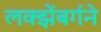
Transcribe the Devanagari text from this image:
लक्झेंबर्गने